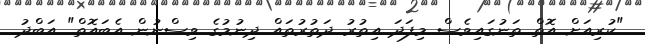
"ކުރިއަށް އޮތް ތަނުގައިވެސް މިފަދަ އިތުރު ދަތުރުތައް ދިނުމުގެ ވިސްނުން އެބައޮތް" އަބްދު